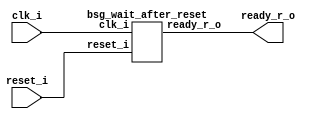


module top
(
  reset_i,
  clk_i,
  ready_r_o
);

  input reset_i;
  input clk_i;
  output ready_r_o;

  bsg_wait_after_reset
  wrapper
  (
    .reset_i(reset_i),
    .clk_i(clk_i),
    .ready_r_o(ready_r_o)
  );


endmodule



module bsg_wait_after_reset
(
  reset_i,
  clk_i,
  ready_r_o
);

  input reset_i;
  input clk_i;
  output ready_r_o;
  wire ready_r_o,N0,N1,N3,N4,N5,N6,N7,N8,N9,N10,N11,N12,N13,N14,N15,N16;
  wire [4:0] counter_r;
  reg ready_r_o_sv2v_reg,counter_r_4_sv2v_reg,counter_r_3_sv2v_reg,
  counter_r_2_sv2v_reg,counter_r_1_sv2v_reg,counter_r_0_sv2v_reg;
  assign ready_r_o = ready_r_o_sv2v_reg;
  assign counter_r[4] = counter_r_4_sv2v_reg;
  assign counter_r[3] = counter_r_3_sv2v_reg;
  assign counter_r[2] = counter_r_2_sv2v_reg;
  assign counter_r[1] = counter_r_1_sv2v_reg;
  assign counter_r[0] = counter_r_0_sv2v_reg;
  assign N12 = counter_r[3] | counter_r[4];
  assign N13 = counter_r[2] | N12;
  assign N14 = counter_r[1] | N13;
  assign N15 = counter_r[0] | N14;
  assign N16 = ~N15;
  assign { N9, N8, N7, N6, N5 } = counter_r + 1'b1;
  assign N10 = (N0)? 1'b0 : 
               (N1)? 1'b1 : 1'b0;
  assign N0 = N16;
  assign N1 = N15;
  assign N11 = (N0)? 1'b1 : 
               (N1)? 1'b0 : 1'b0;
  assign N3 = N16 | reset_i;
  assign N4 = ~N3;

  always @(posedge clk_i) begin
    if(reset_i) begin
      ready_r_o_sv2v_reg <= 1'b0;
    end else if(N11) begin
      ready_r_o_sv2v_reg <= 1'b1;
    end 
    if(reset_i) begin
      counter_r_4_sv2v_reg <= 1'b0;
      counter_r_3_sv2v_reg <= 1'b0;
      counter_r_2_sv2v_reg <= 1'b0;
      counter_r_1_sv2v_reg <= 1'b0;
      counter_r_0_sv2v_reg <= 1'b1;
    end else if(N10) begin
      counter_r_4_sv2v_reg <= N9;
      counter_r_3_sv2v_reg <= N8;
      counter_r_2_sv2v_reg <= N7;
      counter_r_1_sv2v_reg <= N6;
      counter_r_0_sv2v_reg <= N5;
    end 
  end


endmodule